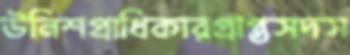
উনিশপ্রাধিকারপ্রাপ্তসদস